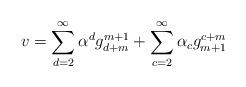
LaTeX: \begin{align*}v = \sum_{d=2}^{\infty} \alpha^d g^{m+1}_{d+m} + \sum_{c=2}^{\infty} \alpha_cg^{c+m}_{m+1}\end{align*}